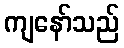
ကျနော်သည်